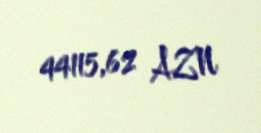
44115,62 AZN